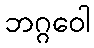
ဘဂ္ဂဝေါ